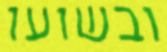
ובשועו